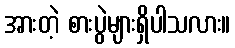
အားတဲ့ စားပွဲများရှိပါသလား။